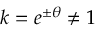
k = e ^ { \pm \theta } \neq 1